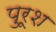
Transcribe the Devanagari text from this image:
पुरूश